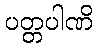
ပတ္တပါဏိ